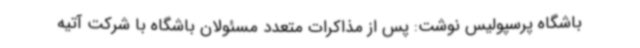
باشگاه پرسپولیس نوشت: پس از مذاکرات متعدد مسئولان باشگاه با شرکت آتیه